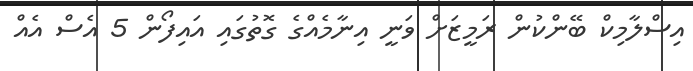
އިސްލާމިކް ބޭންކުން ރަމީޒަށް ވަނީ އިނާމެއްގެ ގޮތުގައި އައިފޯން 5 އެސް އެއް